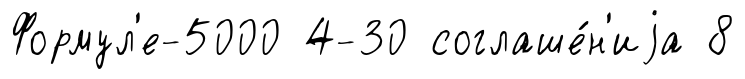
Формул'е-5000 4-30 соглаше́н'иjа 8